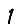
Digit: 1